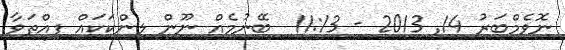
ނޮވެމްބަރު 14